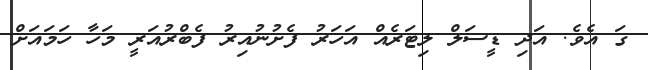
ގަ އެވެ. އަދި ޑީސަލް ލިޓަރެއް އަހަރު ފެށުނުއިރު ފެބްރުއަރީ މަހާ ހަމައަށް